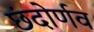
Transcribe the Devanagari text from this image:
छंदोर्णव